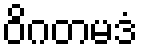
ဝိဂတမဒံ